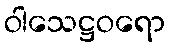
ဝါသေဋ္ဌဝရော